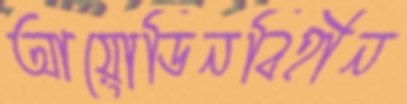
আয়োডিনবিহীন